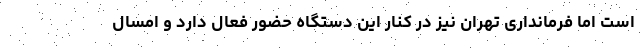
است اما فرمانداری تهران نیز در کنار این دستگاه حضور فعال دارد و امسال